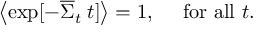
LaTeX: \left\langle { \exp [ - { \overline { { \Sigma } } } _ { t } \; t ] } \right\rangle = 1 , \quad { \mathrm { ~ f o r ~ a l l ~ } } t .